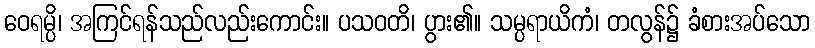
ဝေရမ္ပိ၊ အကြင်ရန်သည်လည်းကောင်း။ ပသဝတိ၊ ပွား၏။ သမ္ပရာယိကံ၊ တလွန်၌ ခံစားအပ်သော